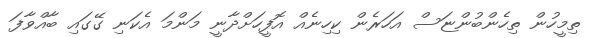
ތިމީހުން ތިހެންބުންޏަސް އަހަރެން ކިހިނެއް އޮފީހަށްދާނީ މަންމަ އެކަނި ގޭގައި ބާއްވާފަ